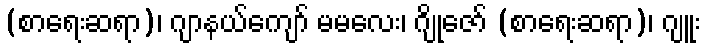
(စာရေးဆရာ)၊ ဂျာနယ်ကျော် မမလေး၊ ဂျိုဇော် (စာရေးဆရာ)၊ ဂျူး